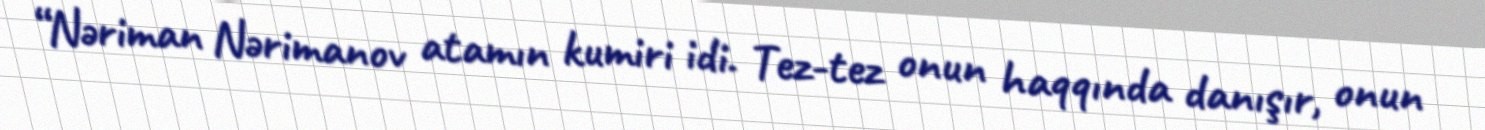
“Nəriman Nərimanov atamın kumiri idi. Tez-tez onun haqqında danışır, onun